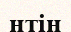
нтін